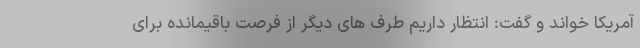
آمریکا خواند و گفت: انتظار داریم طرف های دیگر از فرصت باقیمانده برای